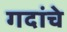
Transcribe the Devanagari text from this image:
गदांचे